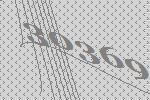
30369